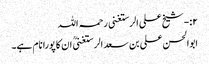
۲:-شیخ علی الرستغنی رحمہ اللہ
ابوالحسن علی بن سعد الرستغنیؒ ان کا پورا نام ہے۔